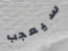
سيعجب